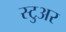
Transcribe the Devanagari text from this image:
स्टुअर